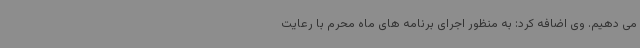
می دهیم. وی اضافه کرد: به منظور اجرای برنامه های ماه محرم با رعایت